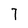
Character: 7